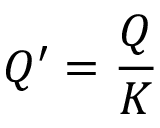
Q ^ { \prime } = { \frac { Q } { K } }